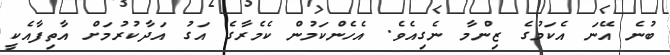
ބުނެ އޭނަ އެކަމުގެ ޒިންމާ ނެގިއެވެ. އެހެންކަމުން ކެމެރާގެ އަގު އަދާކުރުމަށް އާތިފާއެކީ